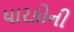
ધારકોની